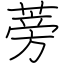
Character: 蒡